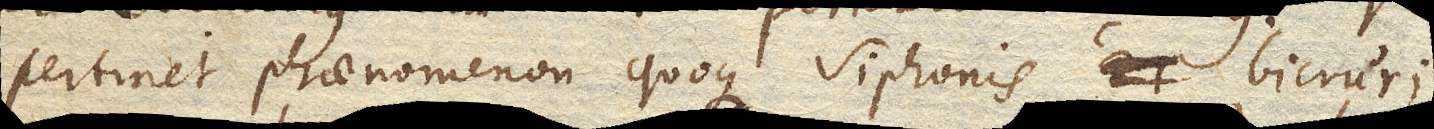
pertinet phaenomenon quoque siphonis bicruri